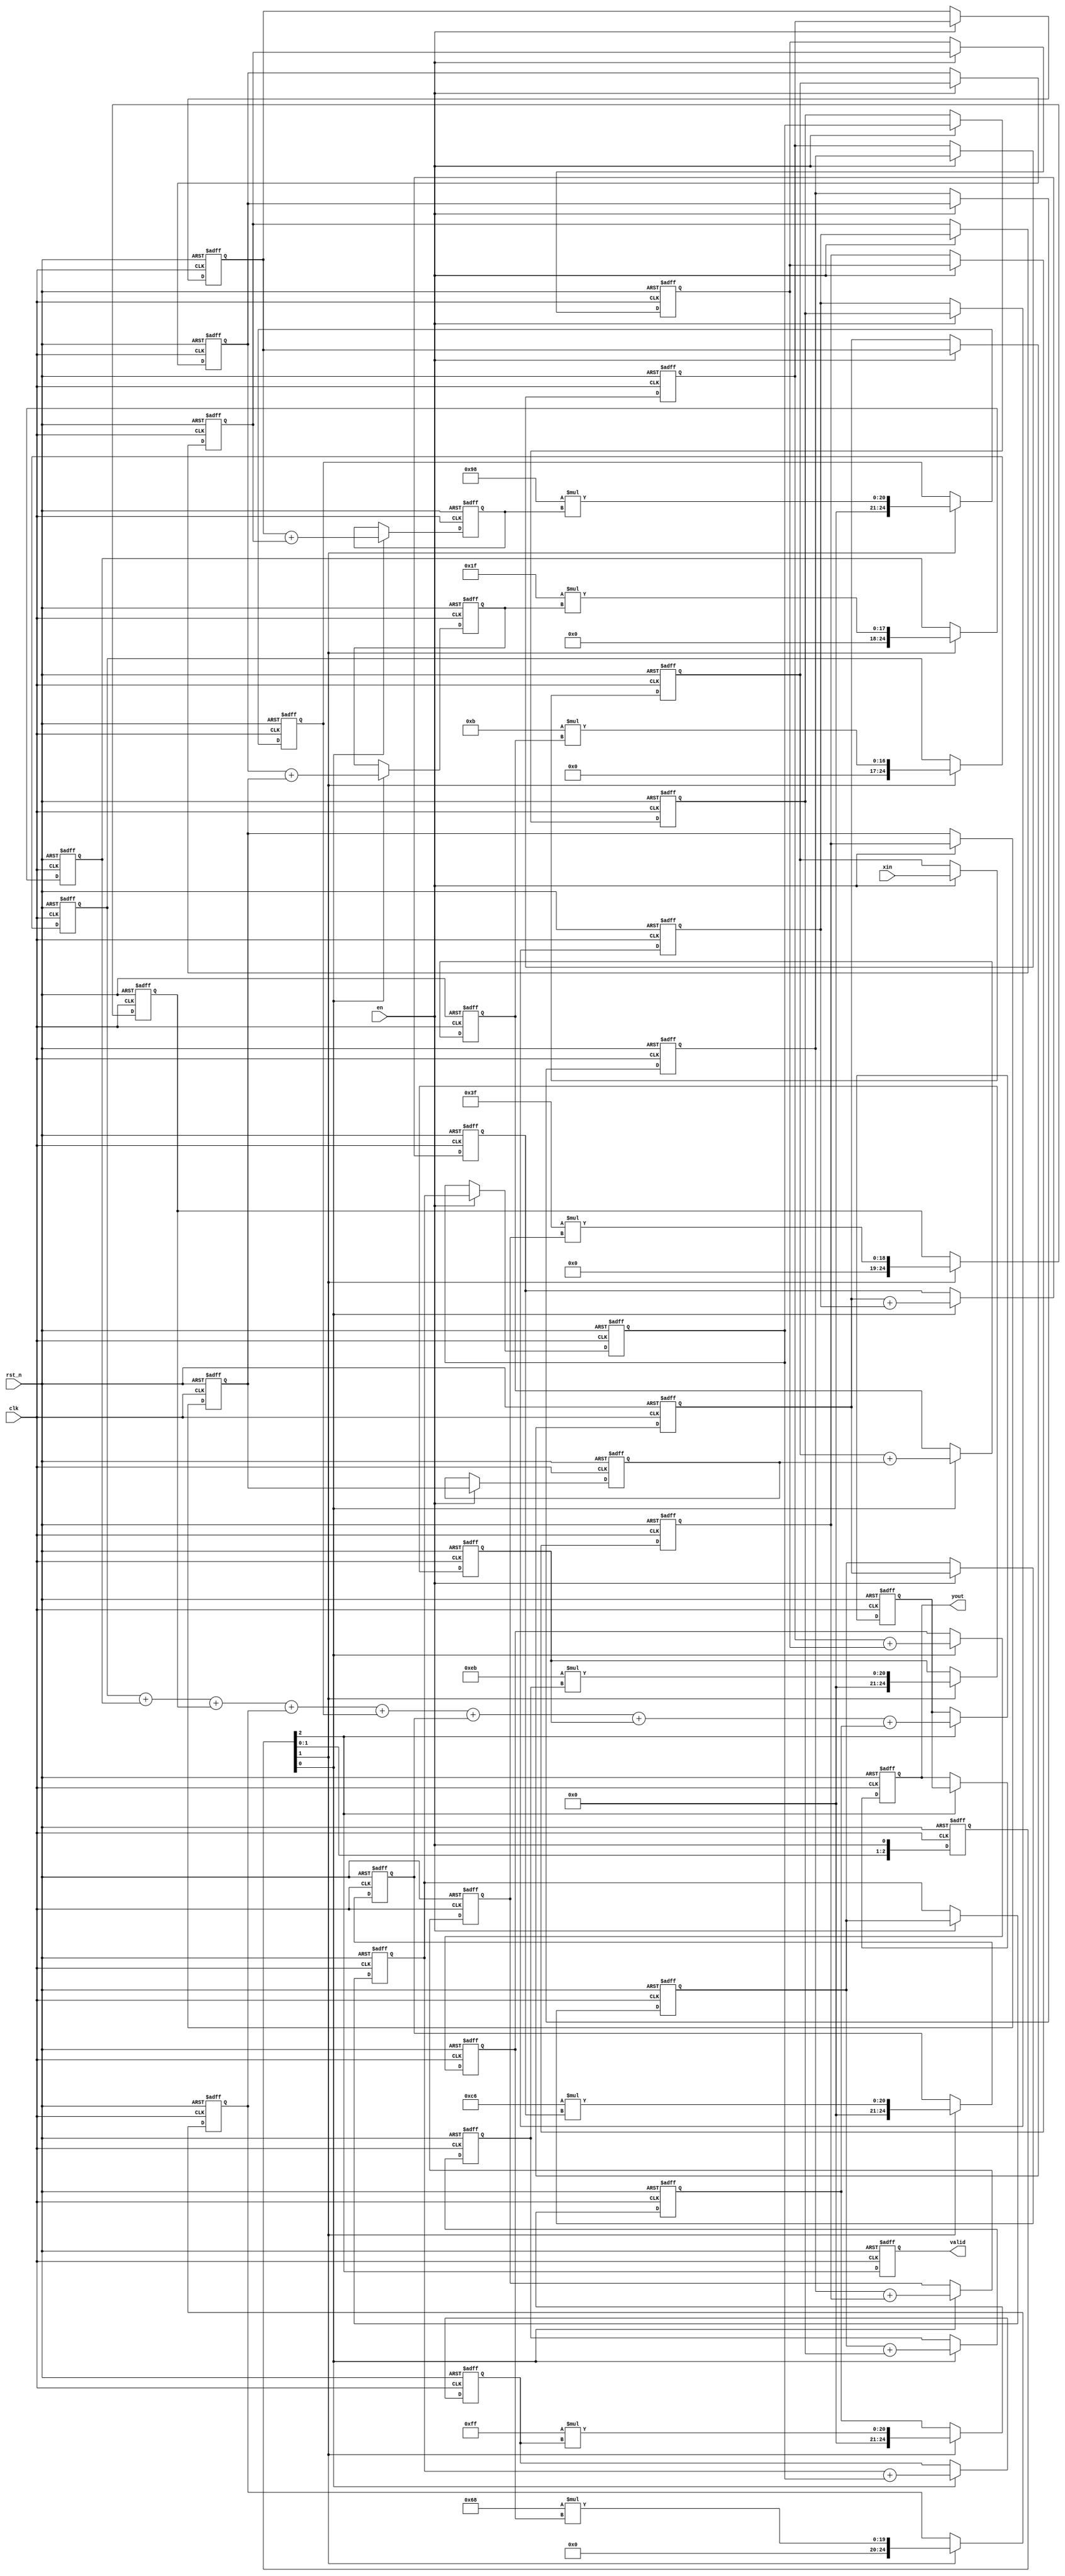
/**********************************************************
// Copyright @ 2021 H. All rights reserved
// Contact with e611hx@gmail.com
============================================================
>> Author   : H
>> Date     : 2021-11-21
>> Filename    : fir_guide.v
>> Modulename  : fir_guide
>> Description : Fs: 50MHz fstop: 1MHz~6MHz order: 15
>> Version  : 1.0
************************************************************/
module fir_guide(
    // System Clock
    input        clk,
    input        rst_n,

    // User Interface
    input       en,
    input       [11:0]  xin,
    output              valid,
    output      [28:0]  yout
);

    reg [3:0] en_r;

    always @(posedge clk or negedge rst_n ) begin
        if(!rst_n)begin
            en_r <= 4'b0;
        end
        else begin
            en_r <= {en_r[2:0], en};
        end
    end

    reg [11:0] xin_reg [15:0];
    integer i;  

    always @(posedge clk or negedge rst_n ) begin
        if(!rst_n)begin
            for (i = 0; i <= 15; i = i + 1) begin
                xin_reg[i] <= 12'b0;
            end
        end
        else if (en) begin
            xin_reg[0] <= xin;
            for (i = 0; i < 15; i = i + 1) begin
                xin_reg[i + 1] <= xin_reg[i];
            end
        end
    end

    reg [12:0] add_reg [7:0];
    always @(posedge clk or negedge rst_n ) begin
        if(!rst_n)begin
            for (i = 0; i < 8; i = i + 1) begin
                add_reg[i] <= 13'b0;
            end
        end
        else if (en_r[0]) begin
            for (i = 0; i < 8; i = i + 1) begin
                add_reg[i] <= xin_reg[i] + xin_reg[15 - i];
            end
        end
    end

    // 8 mutipliers
    wire [11:0] coef [7:0];

    assign coef[0] = 12'd11;
    assign coef[1] = 12'd31;
    assign coef[2] = 12'd63;
    assign coef[3] = 12'd104;
    assign coef[4] = 12'd152;
    assign coef[5] = 12'd198;
    assign coef[6] = 12'd235;
    assign coef[7] = 12'd255;
    
    reg [24:0] mout [7:0];

    `ifdef SAFE_DESIGN

        wire [7:0] valid_mult;
        genvar k;
        generate
            for (k = 0; k < 8; k = k + 1) begin
                mult_man #(.N(13), .M(12))
                u_mult_paral
                (
                    .clk(clk),
                    .rst_n(rst_n),
                    .data_rdy(en_r[1]),
                    .mult1(add_reg[k]),
                    .mult2(coef[k]),
                    .res_rdy(valid_mult[k]),
                    .res(mout[k])
                );
            end
        endgenerate

        wire valid_mult7 = valid_mult[7];

    `else

        always @(posedge clk or negedge rst_n ) begin
            if(!rst_n)begin
                for (i = 0; i < 8; i = i + 1) begin
                    mout[i] <= 'b0;
                end
            end
            else if (en_r[1]) begin
                for (i = 0; i < 8; i = i + 1) begin
                    mout[i] <= coef[i] * add_reg[i];
                end
            end
        end

        wire valid_mult7 = en_r[2];

    `endif 

    reg [3:0] valid_mult_r;

    always @(posedge clk or negedge rst_n ) begin
        if(!rst_n)begin
            valid_mult_r <= 'b0;
        end
        else begin
            valid_mult_r <= {valid_mult_r[2:0], valid_mult7};
        end
    end

    `ifdef SAFE_DESIGN
    // coef 12bit xin 12bit add_reg 13bit * 16 so 29 bit
        reg [28:0]  sum1;
        reg [28:0]  sum2;
        reg [28:0]  y_out_t;

        always @(posedge clk or negedge rst_n ) begin
            if(!rst_n)begin
                sum1 <= 'b0;
                sum2 <= 'b0;
            end
            else if (valid_mult7) begin
                sum1 <= mout[0] + mout[1] + mout[2] + mout[3];
                sum2 <= mout[4] + mout[5] + mout[6] + mout[7];
                y_out_t <= sum1 + sum2;
            end
        end

    `else
        reg signed  [28:0]   sum;
        reg signed  [28:0]   y_out_t;
        always @(posedge clk or negedge rst_n ) begin
            if(!rst_n)begin
                sum <= 29'b0;
                y_out_t <= 29'b0;
            end
            else if (valid_mult7) begin
                sum <= mout[0] + mout[1] + mout[2] + mout[3] + mout[4] + mout[5] + mout[6] + mout[7];
                y_out_t <= sum;
            end
        end
    `endif 

    assign yout = y_out_t;
    assign valid = valid_mult_r[0];

endmodule